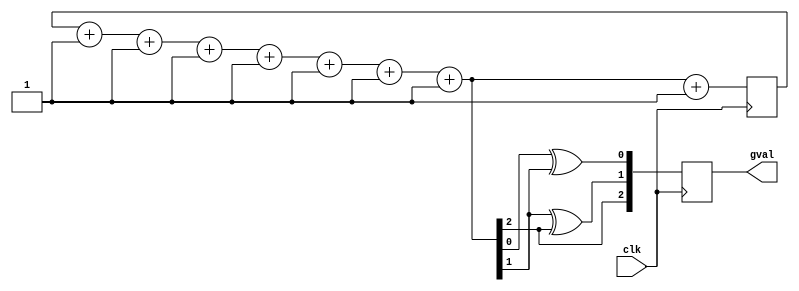
module gray(clk,gval);
  parameter n=3;
  input clk;
  reg [n-1:0] val=0;
  output reg [n-1:0] gval=0;
  integer i,j;
  always @(posedge clk) begin
    //if (!reset) begin
    //val<=0;
    //end
    //else val <=val +1;
    for (i = 0; i < 2**n ; i=i+1) begin
      for (j = 0; j < n-1 ;j=j+1 ) begin
        gval[j] = val[j]^val[j+1];
        gval[n-1] =val[n-1];
      end
      $display("Binary val=%b,Gray value =%b",val,gval);
      val = val +1;
    end
  end
endmodule